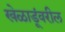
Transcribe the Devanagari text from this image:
खेळाडूंवरील